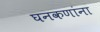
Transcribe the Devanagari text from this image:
घनकणांना